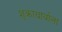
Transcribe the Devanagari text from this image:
शुक्राचार्याला